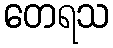
တေရသ